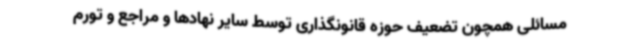
مسائلی همچون تضعیف حوزه قانونگذاری توسط سایر نهادها و مراجع و تورم